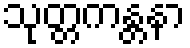
သုတ္တကန္တနာ